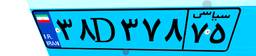
۳۸D۳۷۸۷۵